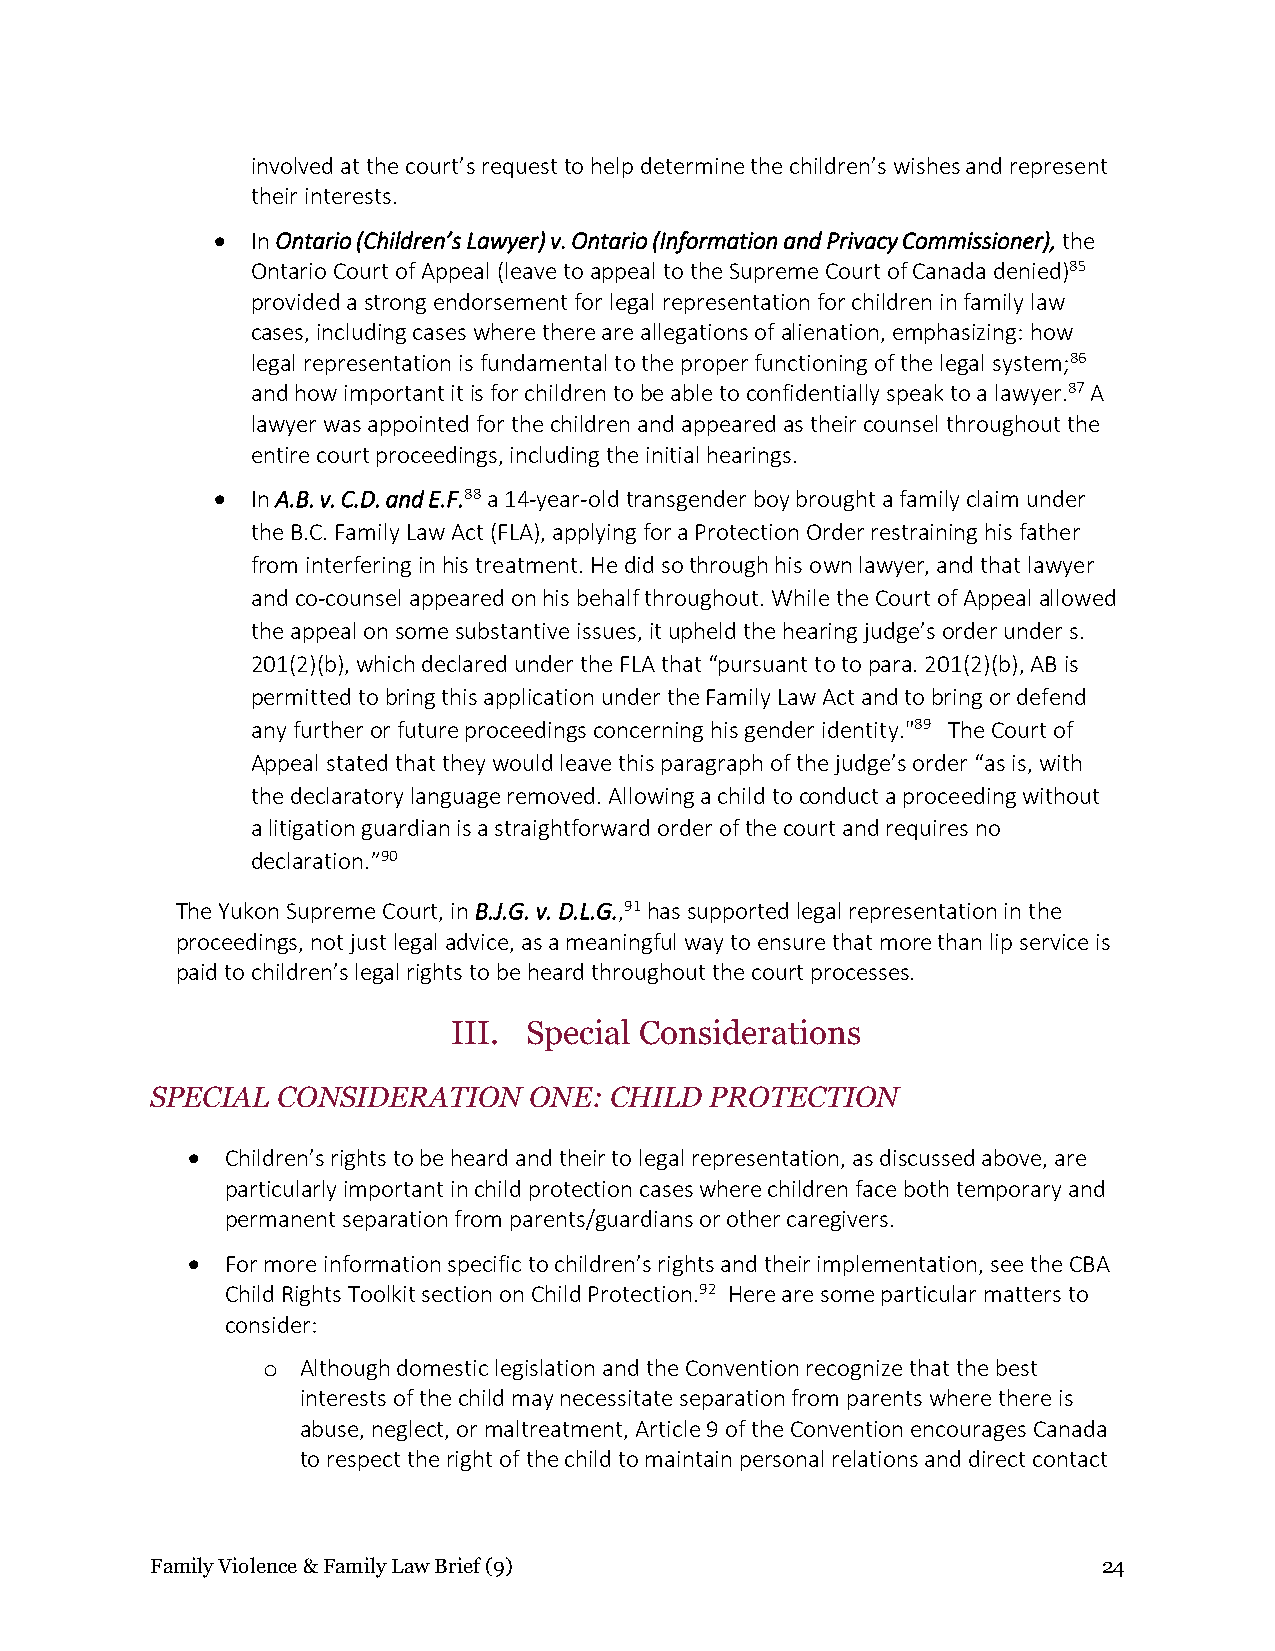
involved at the court’s request to help determine the children’s wishes and represent
 their interests.
 •  In Ontario (Children’s Lawyer) v. Ontario (Information and Privacy Commissioner), the
 Ontario Court of Appeal (leave to appeal to the Supreme Court of Canada denied)85
 provided a strong endorsement for legal representation for children in family law
 cases, including cases where there are allegations of alienation, emphasizing: how
 legal representation is fundamental to the proper functioning of the legal system;86
 and how important it is for children to be able to confidentially speak to a lawyer.87 A
 lawyer was appointed for the children and appeared as their counsel throughout the
 entire court proceedings, including the initial hearings.
 •  In A.B. v. C.D. and E.F.88 a 14-year-old transgender boy brought a family claim under
 the B.C. Family Law Act (FLA), applying for a Protection Order restraining his father
 from interfering in his treatment. He did so through his own lawyer, and that lawyer
 and co-counsel appeared on his behalf throughout. While the Court of Appeal allowed
 the appeal on some substantive issues, it upheld the hearing judge’s order under s.
 201(2)(b), which declared under the FLA that “pursuant to to para. 201(2)(b), AB is
 permitted to bring this application under the Family Law Act and to bring or defend
 any further or future proceedings concerning his gender identity."89 The Court of
 Appeal stated that they would leave this paragraph of the judge’s order “as is, with
 the declaratory language removed. Allowing a child to conduct a proceeding without
 a litigation guardian is a straightforward order of the court and requires no
 declaration.”90
 The Yukon Supreme Court, in B.J.G. v. D.L.G.,91 has supported legal representation in the
 proceedings, not just legal advice, as a meaningful way to ensure that more than lip service is
 paid to children’s legal rights to be heard throughout the court processes.
 III. Special Considerations
 SPECIAL CONSIDERATION    ONE: CHILD  PROTECTION
 •  Children’s rights to be heard and their to legal representation, as discussed above, are
 particularly important in child protection cases where children face both temporary and
 permanent separation from parents/guardians or other caregivers.
 •  For more information specific to children’s rights and their implementation, see the CBA
 Child Rights Toolkit section on Child Protection.92 Here are some particular matters to
 consider:
 o  Although domestic legislation and the Convention recognize that the best
 interests of the child may necessitate separation from parents where there is
 abuse, neglect, or maltreatment, Article 9 of the Convention encourages Canada
 to respect the right of the child to maintain personal relations and direct contact
 Family Violence & Family Law Brief (9)                         24